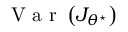
\mathrm { ~ V ~ a ~ r ~ } \left( J _ { \theta ^ { \star } } \right)